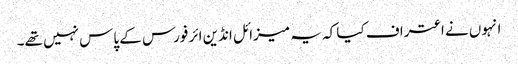
انہوں نے اعتراف کیا کہ یہ میزائل انڈین ائر فورس کے پاس نہیں تھے۔